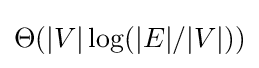
\Theta (|V|\log(|E|/|V|))